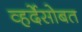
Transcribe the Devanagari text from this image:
व्हर्देसोबत